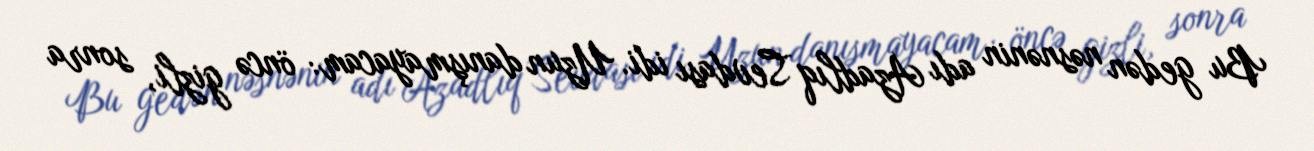
Bu gedən nəsnənin adı Azadlıq Sevdası idi. Uzun danışmayacam: öncə gizli, sonra